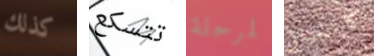
كذلك تتسكع لمرحلة كابتشينو